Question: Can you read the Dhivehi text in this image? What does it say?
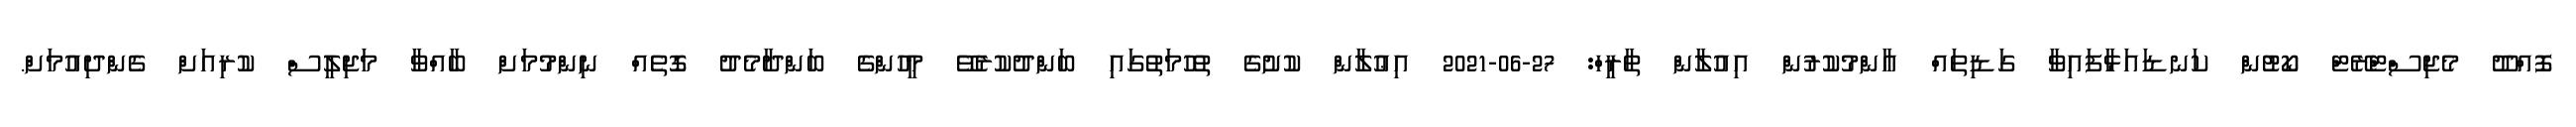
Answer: ފޮއްދޫ މެޖިސްޓްރޭޓް ކޯޓުން ކަނޑައަޅާފައިވާ ގަޑިތައް އާންމުކުރުން އިއުލާން ތާރީހް: 27-06-2021 އިޢުލާން ކުށުގެ ތުހުމަތުގައި ބަންދުކުރެވޭ މީހުންގެ ބަންދާމެދު ގޮތެއް ނިންމުމަށް ބާއްވާ މަޖިލީސް ކުރިއަށް ގެންދިއުމަށް.